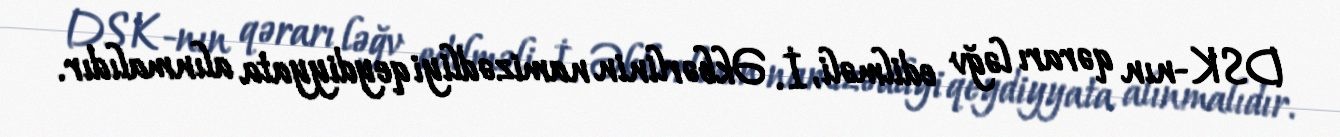
DSK-nın qərarı ləğv edilməli, İ. Əkbərlinin namizədliyi qeydiyyata alınmalıdır.